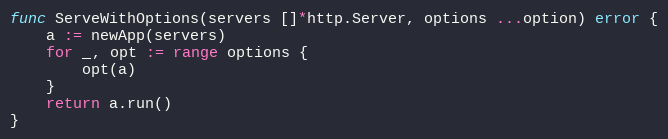
Language: Go
func ServeWithOptions(servers []*http.Server, options ...option) error {
	a := newApp(servers)
	for _, opt := range options {
		opt(a)
	}
	return a.run()
}